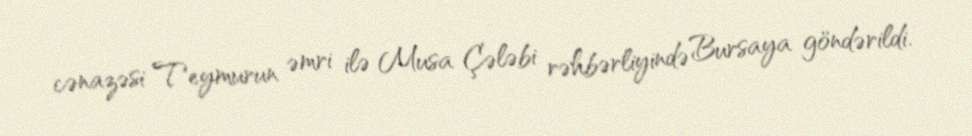
cənazəsi Teymurun əmri ilə Musa Çələbi rəhbərliyində Bursaya göndərildi.